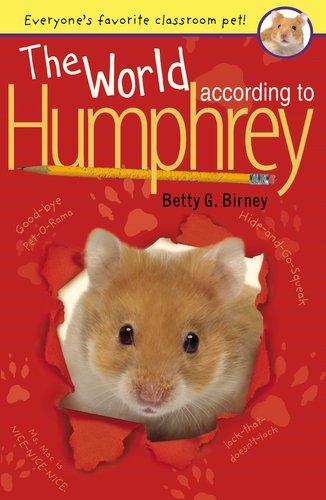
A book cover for The World According to Humphrey; Betty G. Birney; Children's Books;